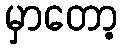
မှာတော့